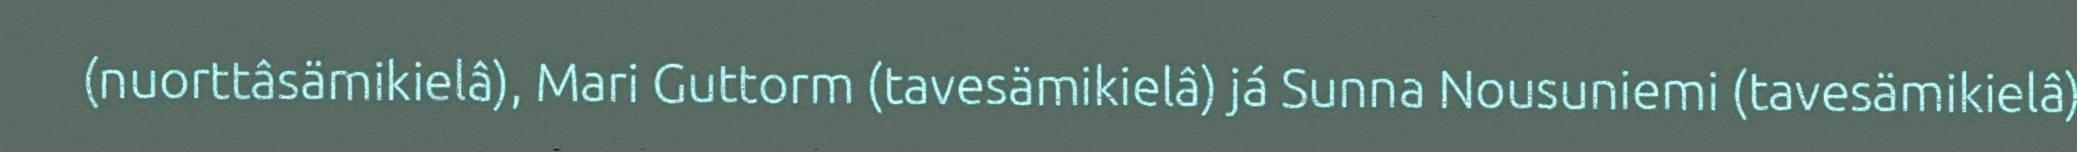
(nuorttâsämikielâ), Mari Guttorm (tavesämikielâ) já Sunna Nousuniemi (tavesämikielâ)